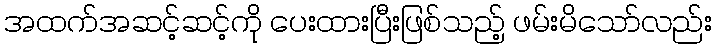
အထက်အဆင့်ဆင့်ကို ပေးထားပြီးဖြစ်သည့် ဖမ်းမိသော်လည်း